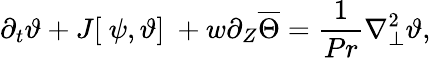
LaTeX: {\partial_{t}}\vartheta+J[\ \psi,\vartheta]\ +w{\partial_{Z}}\overline{{\Theta}}=\frac{1}{Pr}\nabla_{\perp}^{2}\vartheta,